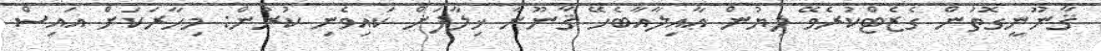
ޤާނޫނީގޮތުން ގެޒެޓްކުރެވޭ ލިޔުން ޢާއިލާއާބެހޭ ޤާނޫނާ ޚިލާފަށް ކައިވެނި ކުރުން: މިހާރަކަށް އައިސް